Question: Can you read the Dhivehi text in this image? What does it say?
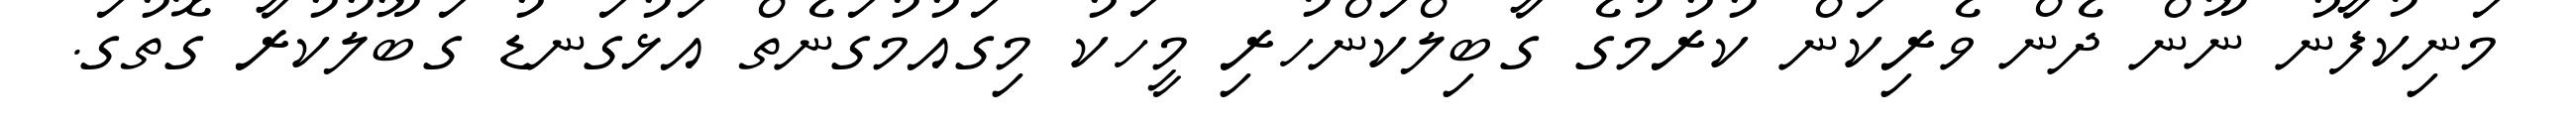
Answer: މަނިކުފާނު ނޫން ދެން ވެރިކަން ކުރުމުގެ ގާބިލްކަންހުރި މީހަކު މިގައުމުގަނެތް އަޅުގަނޑު ގަބޫލުކުރާ ގޮތުގަ.